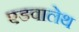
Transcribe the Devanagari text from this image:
एडवालेथ